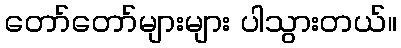
တော်တော်များများ ပါသွားတယ်။